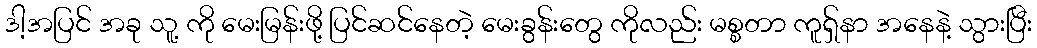
ဒါ့အပြင် အခု သူ့ ကို မေးမြန်းဖို့ ပြင်ဆင်နေတဲ့ မေးခွန်းတွေ ကိုလည်း မစ္စတာ ကူရှ်နာ အနေနဲ့ သွားပြီး